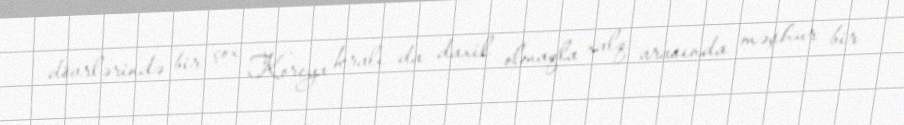
dövrlərində bir çox Koreya kralı da daxil olmaqla xalq arasında məşhur bir